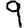
Digit: 9